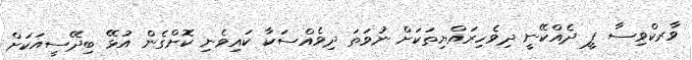
ވާރކްވިސާ ފީ ދެއްކޭނީ ދިވެހިރައްޔިތަކަށް ނުވަތަ ދިވެއްސަކާ ކައިވެނި ކޮށްގެން އުޅޭ ބިދޭސީއަކަށް